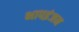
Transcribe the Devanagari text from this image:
भापइंजन